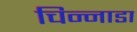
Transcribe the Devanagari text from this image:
चिन्नाडा